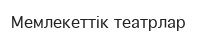
Мемлекеттік театрлар